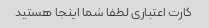
کارت اعتباری لطفا شما اینجا هستید